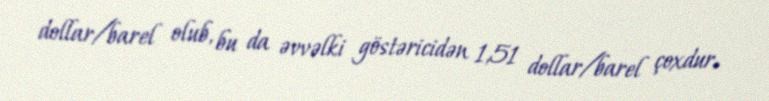
dollar/barel olub, bu da əvvəlki göstəricidən 1,51 dollar/barel çoxdur.